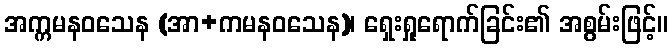
အက္ကမနဝသေန (အာ+ကမနဝသေန)၊ ရှေးရှုရောက်ခြင်း၏ အစွမ်းဖြင့်။